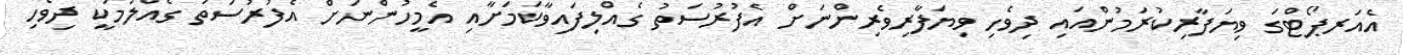
އެއަރޕޯޓްގަ ވިޔަފާރިކުރަމުންއައި ދިވެހި ވިޔަފާރިވެރިންނަށް އެފުރުސަތު ގެއްލިފައިވާކަމަށާއި އެމީހުންނަށް އެފުރުސަތު ގެއްލުމަކީ ދިވެހި